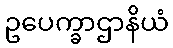
ဥပေက္ခာဌာနိယံ